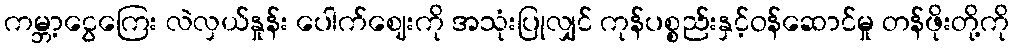
ကမ္ဘာ့ငွေကြေး လဲလှယ်နှုန်း ပေါက်ဈေးကို အသုံးပြုလျှင် ကုန်ပစ္စည်းနှင့်ဝန်ဆောင်မှု တန်ဖိုးတို့ကို